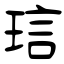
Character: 琂